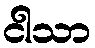
ငါသာ